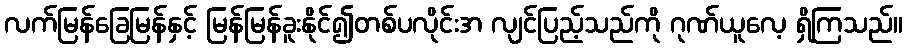
လက်မြန်ခြေမြန်နှင့် မြန်မြန်ခူးနိုင်၍တစ်ပလိုင်းအ လျင်ပြည့်သည်ကို ဂုဏ်ယူလေ့ ရှိကြသည်။